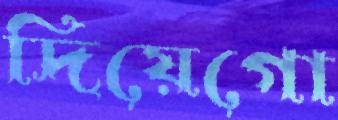
দিয়েগো